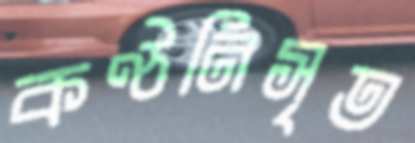
কণ্ঠনিসৃত